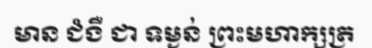
មាន ជំងឺ ជា ទម្ងន់ ព្រះមហាក្សត្រ